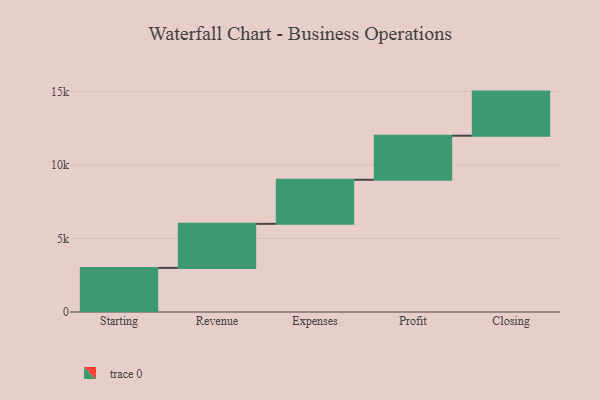
{"axis": {"x": "Step", "y": "Value"}, "legend": [""], "data": [{"x": "Starting", "y": 3000, "type": ""}, {"x": "Revenue", "y": 3000, "type": ""}, {"x": "Expenses", "y": 3000, "type": ""}, {"x": "Profit", "y": 3000, "type": ""}, {"x": "Closing", "y": 3000, "type": ""}]}